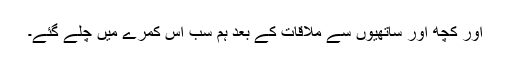
اور کچھ اور ساتھیوں سے ملاقات کے بعد ہم سب اس کمرے میں چلے گئے۔